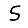
Digit: 5